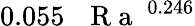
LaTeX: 0.055\, \mathrm{~\textit~{~R~a~}~}^{0.246}